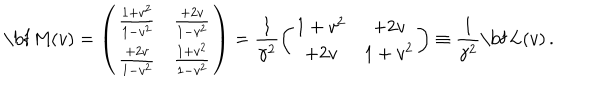
{ \mathrm { \bf ~ M } } ( v ) = \left( \begin{array} { c c } { { \frac { 1 + v ^ { 2 } } { 1 - v ^ { 2 } } } } & { { \frac { + 2 v } { 1 - v ^ { 2 } } } } \\ { { \frac { + 2 v } { 1 - v ^ { 2 } } } } & { { \frac { 1 + v ^ { 2 } } { 1 - v ^ { 2 } } } } \\ \end{array} \right) = \frac { 1 } { \gamma ^ { 2 } } \left( \begin{array} { c c } { { 1 + v ^ { 2 } } } & { { + 2 v } } \\ { { + 2 v } } & { { 1 + v ^ { 2 } } } \\ \end{array} \right) \equiv \frac { 1 } { \gamma ^ { 2 } } { \mathrm { \bf ~ L } } ( v ) \, .